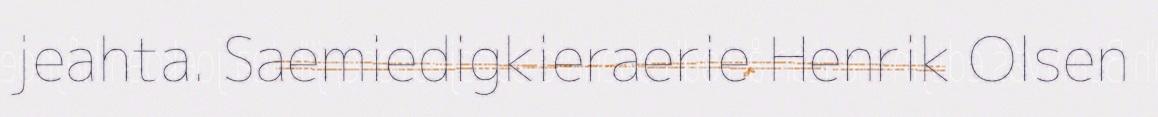
jeahta. Saemiedigkieraerie Henrik Olsen